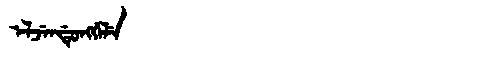
Manchu: ᡝᠯᠵᡝᠨᡩᡠᠩᡤᡝᠯᡝ
Romanization: ELJENDUNGGELE